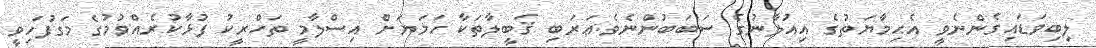
ލިބިވަޑައިގެންނެވީ އެޙިމާޔަތުގެ އިއުލާނުގެ ސަބަބުންނެވެ.ޢަރަބި ޤަބީލާތަކާ ހަމަޔަށް އިސްލާމީ ތަހްރީކު ފުޅާކުރެއްވުމުގެ މަގުފަހިވީ